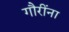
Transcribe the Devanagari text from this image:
गौरींना